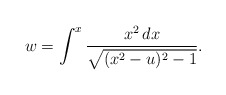
\begin{align*}w = \int^x \frac{x^2 \,dx}{\sqrt{(x^2-u)^2-1}}.\end{align*}